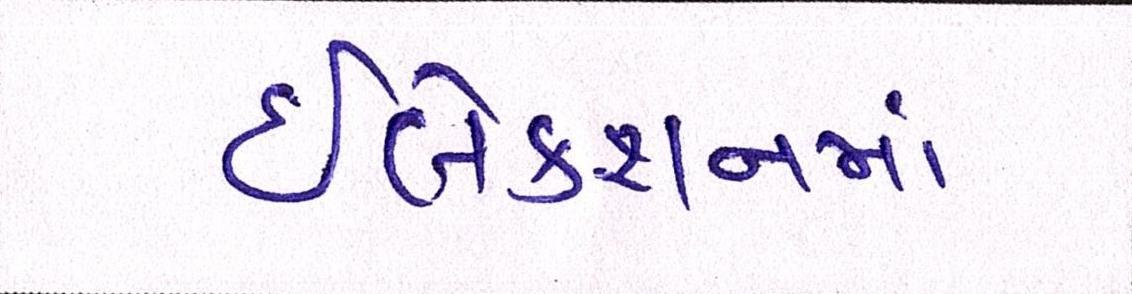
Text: ઇલેક્શનમાં